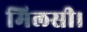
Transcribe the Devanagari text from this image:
मिलसी।